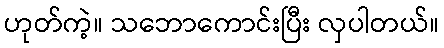
ဟုတ်ကဲ့။ သဘောကောင်းပြီး လှပါတယ်။